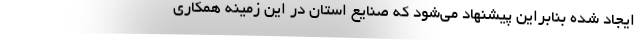
ایجاد شده بنابراین پیشنهاد می‌شود که صنایع استان در این زمینه همکاری